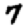
Digit: 7